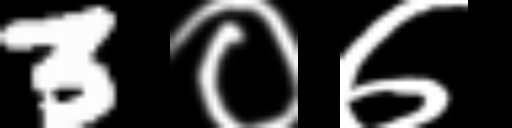
Text: 3०७